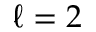
\ell = 2